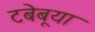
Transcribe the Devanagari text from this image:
टबेबूया